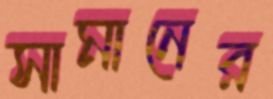
সামানের